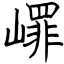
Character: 嶵